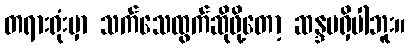
တရားရုံးမှာ သက်သေထွက်ဆိုဖို့တော့ ဆန္ဒမရှိပါဘူး။